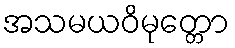
အသမယဝိမုတ္တော